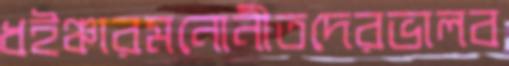
ধইঞ্চারমনোনীতদেরভালব